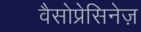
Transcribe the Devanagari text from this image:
वैसोप्रेसिनेज़